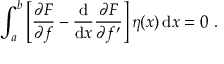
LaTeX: \int _ { a } ^ { b } \left[ { \frac { \partial F } { \partial f } } - { \frac { \mathrm { d } } { \mathrm { d } x } } { \frac { \partial F } { \partial f ^ { \prime } } } \right] \eta ( x ) \, \mathrm { d } x = 0 \ .